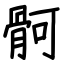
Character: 䯊